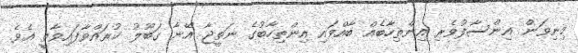
މިނިވަން އިންސާފުވެރި އިންތިހާބެއް ބާއްވައި އިންތިހާބުގެ ނަތީޖާ އޭނާ ގަބޫލު ކުރައްވާފައިވާތީ އެވެ.